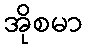
အိုစမာ